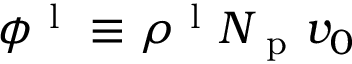
\phi ^ { \mathrm { ~ l ~ } } \equiv \rho ^ { \mathrm { ~ l ~ } } N _ { \mathrm { ~ p ~ } } v _ { 0 }